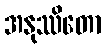
အနုဿိတော